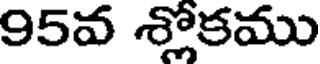
95వ శ్లోకము